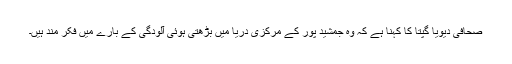
صحافی دیویا گپتا کا کہنا ہے کہ وہ جمشید پور کے مرکزی دریا میں بڑھتی ہوئی آلودگی کے بارے میں فکر مند ہیں۔